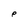
Character: P